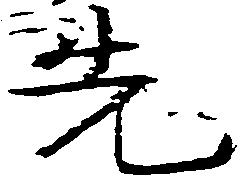
先